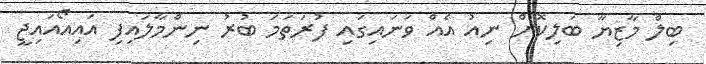
ބިލް މާޒިޔާ ބަލިކޮށް ނިއު އެއް ވަނައިގައި ފުރަތަމަ ބުރު ނިންމާލައިފި އައިއޯއައިޖީ